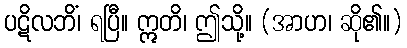
ပဋိလဘိံ၊ ရပြီ။ ဣတိ၊ ဤသို့။ (အာဟ၊ ဆို၏။)